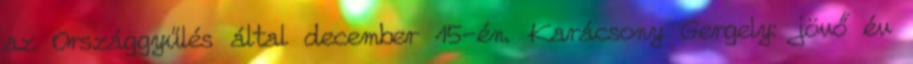
az Országgyűlés által december 15-én. Karácsony Gergely: jövő év